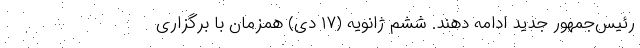
رئیس‌جمهور جدید ادامه دهند. ششم ژانویه (۱۷ دی) همزمان با بر‌گزاری